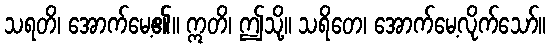
သရတိ၊ အောက်မေ့၏။ ဣတိ၊ ဤသို့။ သရိတေ၊ အောက်မေ့လိုက်သော်။